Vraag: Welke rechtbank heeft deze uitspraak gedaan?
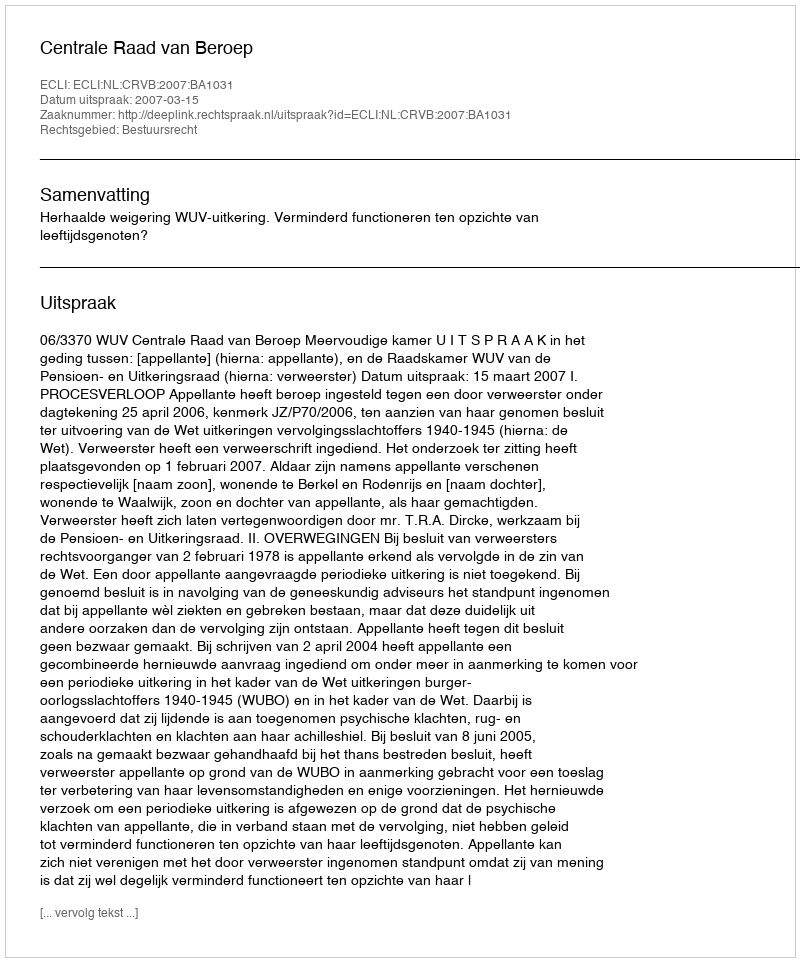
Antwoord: Centrale Raad van Beroep